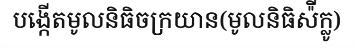
បង្កើតមូលនិធិចក្រយាន(មូលនិធិស៉ីក្លូ)